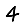
Digit: 4